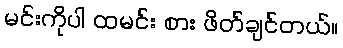
မင်းကိုပါ ထမင်း စား ဖိတ်ချင်တယ်။